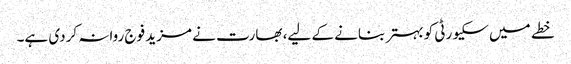
خطے میں سکیورٹی کو بہتر بنانے کے لیے، بھارت نے مزید فوج روانہ کردی ہے۔